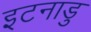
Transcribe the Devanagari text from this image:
इटनाडु